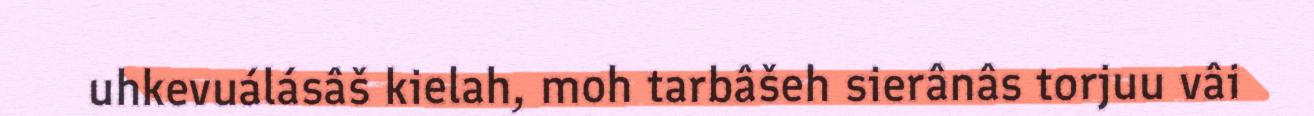
uhkevuálásâš kielah, moh tarbâšeh sierânâs torjuu vâi